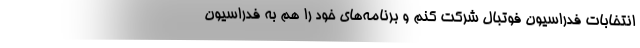
انتخابات فدراسیون فوتبال شرکت کنم و برنامه‌های خود را هم به فدراسیون